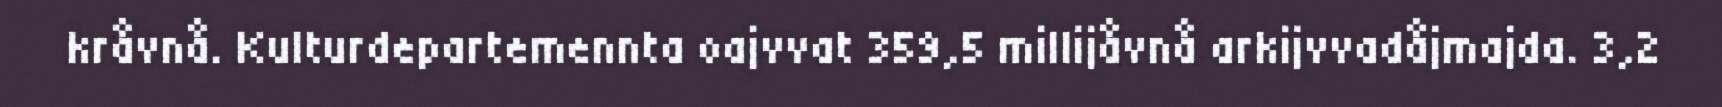
kråvnå. Kulturdepartemennta oajvvat 359,5 millijåvnå arkijvvadåjmajda. 3,2